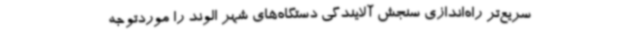
سریع‌تر راه‌اندازی سنجش آلایندگی دستگاه‌های شهر الوند را موردتوجه